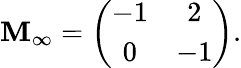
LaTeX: \mathbf{M}_{\infty}=\left(\begin{array}{cc}{{-1}}&{{2}}\\ {{0}}&{{-1}}\end{array}\right).